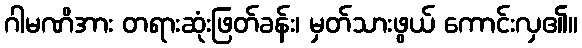
ဂါမဏိအား တရားဆုံးဖြတ်ခန်း၊ မှတ်သားဖွယ် ကောင်းလှ၏။